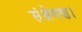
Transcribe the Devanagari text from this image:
संश्लेषण।